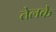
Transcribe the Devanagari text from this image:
तेलके